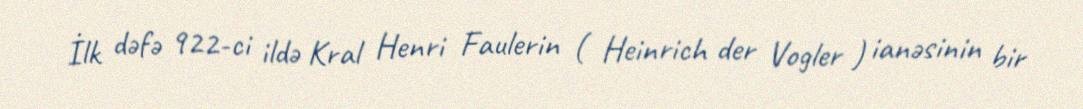
İlk dəfə 922-ci ildə Kral Henri Faulerin ( Heinrich der Vogler ) ianəsinin bir